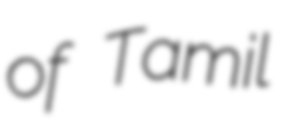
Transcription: of Tamil